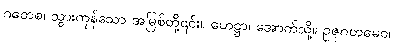
ဂတေစ၊ သွားကုန်သော အမြစ်တို့၎င်း။ ဟေဋ္ဌာ၊ အောက်သို့။ ဥဇုဂတမေဝ၊